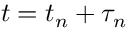
t = t _ { n } + \tau _ { n }